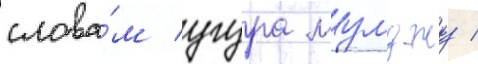
слова́м угура мумджу /